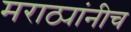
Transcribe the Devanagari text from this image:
मराठ्यांनीच